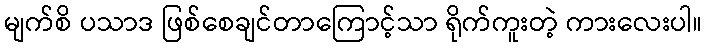
မျက်စိ ပသာဒ ဖြစ်စေချင်တာကြောင့်သာ ရိုက်ကူးတဲ့ ကားလေးပါ။